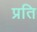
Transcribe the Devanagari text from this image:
प्रति